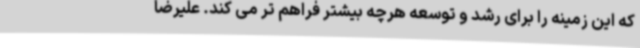
که این زمینه را برای رشد و توسعه هرچه بیشتر فراهم تر می کند. علیرضا